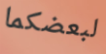
لبعضكما